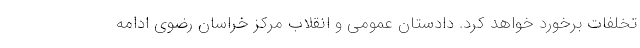
تخلفات برخورد خواهد کرد. دادستان عمومی و انقلاب مرکز خراسان رضوی ادامه